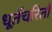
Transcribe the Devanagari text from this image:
धूर्तचरितो